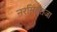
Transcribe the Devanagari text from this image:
नरसिंहराजा